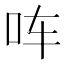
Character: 𪠳